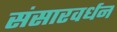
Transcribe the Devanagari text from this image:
संसारवर्धन